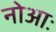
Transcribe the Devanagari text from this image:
नोआः